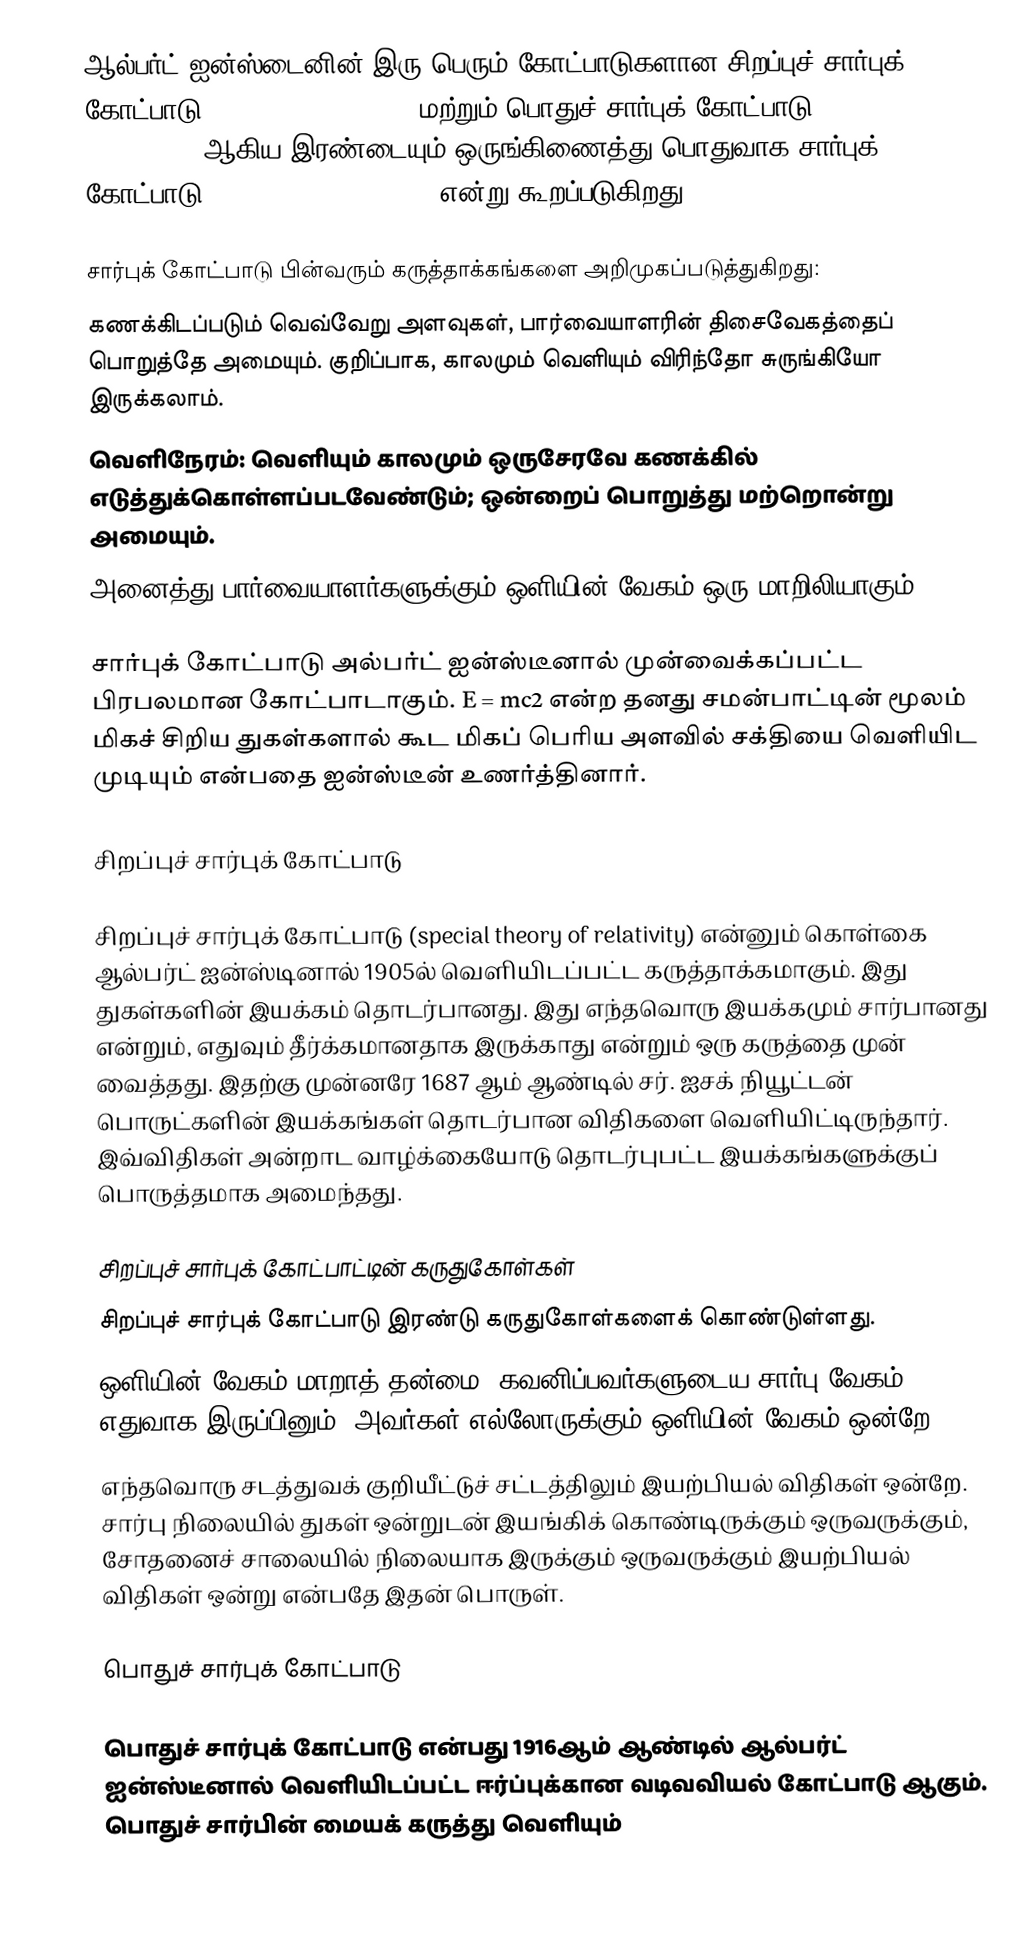
ஆல்பர்ட் ஐன்ஸ்டைனின் இரு பெரும் கோட்பாடுகளான சிறப்புச் சார்புக் கோட்பாடு (Special Relativity) மற்றும் பொதுச் சார்புக் கோட்பாடு (General Relativity) ஆகிய இரண்டையும் ஒருங்கிணைத்து பொதுவாக சார்புக் கோட்பாடு (Theory of Relativity) என்று கூறப்படுகிறது.

சார்புக் கோட்பாடு பின்வரும் கருத்தாக்கங்களை அறிமுகப்படுத்துகிறது:
 கணக்கிடப்படும் வெவ்வேறு அளவுகள், பார்வையாளரின் திசைவேகத்தைப் பொறுத்தே அமையும்.  குறிப்பாக, காலமும் வெளியும் விரிந்தோ சுருங்கியோ இருக்கலாம்.
 வெளிநேரம்: வெளியும் காலமும் ஒருசேரவே கணக்கில் எடுத்துக்கொள்ளப்படவேண்டும்; ஒன்றைப் பொறுத்து மற்றொன்று அமையும்.
 அனைத்து பார்வையாளர்களுக்கும் ஒளியின் வேகம் ஒரு மாறிலியாகும்.

சார்புக் கோட்பாடு அல்பர்ட் ஐன்ஸ்டீனால் முன்வைக்கப்பட்ட பிரபலமான கோட்பாடாகும். E = mc2 என்ற தனது சமன்பாட்டின் மூலம் மிகச் சிறிய துகள்களால் கூட மிகப் பெரிய அளவில் சக்தியை வெளியிட முடியும் என்பதை ஐன்ஸ்டீன் உணர்த்தினார்.

சிறப்புச் சார்புக் கோட்பாடு

சிறப்புச் சார்புக் கோட்பாடு (special theory of relativity) என்னும் கொள்கை ஆல்பர்ட் ஐன்ஸ்டினால் 1905ல் வெளியிடப்பட்ட கருத்தாக்கமாகும். இது துகள்களின் இயக்கம் தொடர்பானது. இது எந்தவொரு இயக்கமும் சார்பானது என்றும், எதுவும் தீர்க்கமானதாக இருக்காது என்றும் ஒரு கருத்தை முன் வைத்தது. இதற்கு முன்னரே 1687 ஆம் ஆண்டில் சர். ஐசக் நியூட்டன் பொருட்களின் இயக்கங்கள் தொடர்பான விதிகளை வெளியிட்டிருந்தார். இவ்விதிகள் அன்றாட வாழ்க்கையோடு தொடர்புபட்ட இயக்கங்களுக்குப் பொருத்தமாக அமைந்தது.

சிறப்புச் சார்புக் கோட்பாட்டின் கருதுகோள்கள்
சிறப்புச் சார்புக் கோட்பாடு இரண்டு கருதுகோள்களைக் கொண்டுள்ளது.
 ஒளியின் வேகம் மாறாத் தன்மை- கவனிப்பவர்களுடைய சார்பு வேகம் எதுவாக இருப்பினும், அவர்கள் எல்லோருக்கும் ஒளியின் வேகம் ஒன்றே.
 எந்தவொரு சடத்துவக் குறியீட்டுச் சட்டத்திலும் இயற்பியல் விதிகள் ஒன்றே. சார்பு நிலையில் துகள் ஒன்றுடன் இயங்கிக் கொண்டிருக்கும் ஒருவருக்கும், சோதனைச் சாலையில் நிலையாக இருக்கும் ஒருவருக்கும் இயற்பியல் விதிகள் ஒன்று என்பதே இதன் பொருள்.

பொதுச் சார்புக் கோட்பாடு

பொதுச் சார்புக் கோட்பாடு என்பது 1916ஆம் ஆண்டில் ஆல்பர்ட் ஐன்ஸ்டீனால் வெளியிடப்பட்ட ஈர்ப்புக்கான வடிவவியல் கோட்பாடு ஆகும். பொதுச் சார்பின் மையக் கருத்து வெளியும்